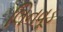
લિનવૂડ